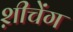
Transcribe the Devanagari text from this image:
श़ीचेंग